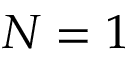
N = 1